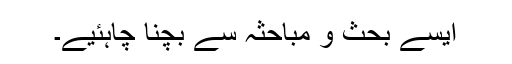
ایسے بحث و مباحثہ سے بچنا چاہئیے۔